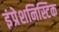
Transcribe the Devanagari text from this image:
इंप्रेशनिस्टिक